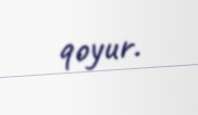
qoyur.